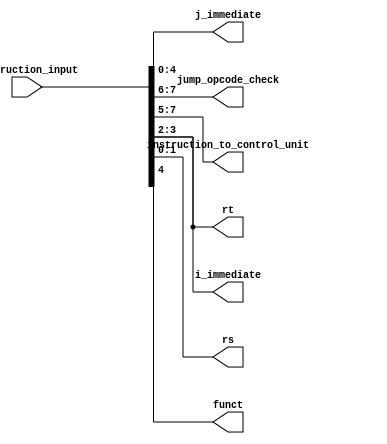
//////////////////////////////////////////////////////////////////////////////////
// Course: Cooper Union ECE151A Spring 2016
// Professor: Professor Marano
// Module Name: 
// Description: 
//////////////////////////////////////////////////////////////////////////////////

`timescale 1ns / 1ns

module instruction_reg (j_immediate, jump_opcode_check, instruction_to_control_unit, rt, rs, i_immediate, funct, instruction_input);
//-------------Input-------------------
input wire [7:0] instruction_input;
//-------------Output------------------
output reg [4:0] j_immediate;
output reg [1:0] jump_opcode_check;
output reg [2:0] instruction_to_control_unit;
output reg [1:0] rt;
output reg [1:0] rs;
output reg [1:0] i_immediate;
output reg funct;

//------------------Instructions-----------------------
initial 
	begin
		j_immediate <= 8'b0;
		jump_opcode_check <= 2'b0;
		funct <= 1'b0;
		instruction_to_control_unit <= 3'b0;
		rt <= 2'b0;
		rs <= 2'b0;
		i_immediate <= 2'b0;
	end

always @(instruction_input)
	begin
		j_immediate <= instruction_input[4:0];
		jump_opcode_check <= instruction_input[7:6];
		funct <= instruction_input[4];
		instruction_to_control_unit <= instruction_input[7:5];
		rt <= instruction_input [3:2];
		rs <= instruction_input [1:0];
		i_immediate <= instruction_input [3:2];
	end

endmodule